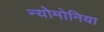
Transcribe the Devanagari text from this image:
न्योमोनिया